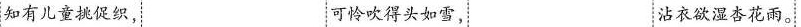
知有儿童挑促织， 可怜吹得头如雪，沾衣欲湿杏花雨。